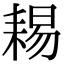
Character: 𦓻